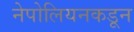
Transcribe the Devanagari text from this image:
नेपोलियनकडून